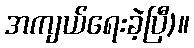
အကျယ်ရေးခဲ့ပြီ)။